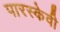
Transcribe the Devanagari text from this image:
पारस्केवी